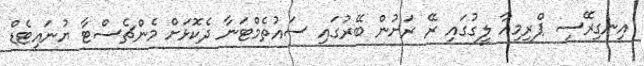
އިނގިރޭސި ޕްރިމިއާ ލީގުގައި ރޭ ރަށުން ބޭރުގައި ސައުތެމްޓަނާ ދެކޮޅަށް މެންޗެސްޓާ ޔުނައިޓެޑް